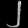
Digit: ၂